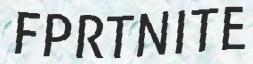
FPRTNITE